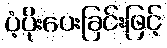
ပံ့ပိုးပေးခြင်းဖြင့်